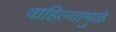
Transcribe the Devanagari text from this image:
वाहिल्यामुळे